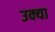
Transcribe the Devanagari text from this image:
उक्या